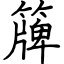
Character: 簰